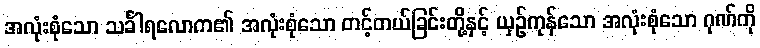
အလုံးစုံသော သင်္ခါရလောက၏ အလုံးစုံသော တင့်တယ်ခြင်းတို့နှင့် ယှဉ်ကုန်သော အလုံးစုံသော ဂုဏ်ကို